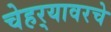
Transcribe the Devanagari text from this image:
चेहर्‍यावरचे